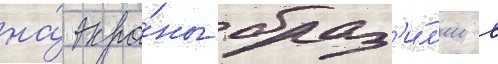
на́ экра́ны браз'и́л'ии в